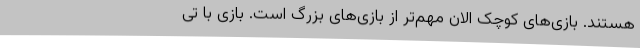
هستند. بازی‌های کوچک الان مهم‌تر از بازی‌های بزرگ است. بازی با تی